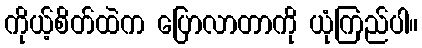
ကိုယ့်စိတ်ထဲက ပြောလာတာကို ယုံကြည်ပါ။